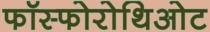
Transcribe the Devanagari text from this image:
फॉस्फोरोथिओट